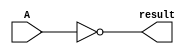
module not_val (input [31:0] A, output [31:0] result);
	
	assign result = ~A;
	
endmodule